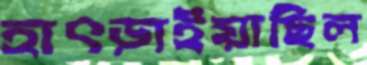
হাৎড়াইয়াছিল